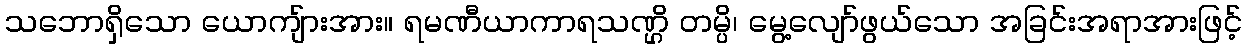
သဘောရှိသော ယောကျ်ားအား။ ရမဏီယာကာရသဏ္ဌိ တမ္ပိ၊ မွေ့လျော်ဖွယ်သော အခြင်းအရာအားဖြင့်